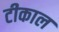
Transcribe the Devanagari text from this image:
टीकाल